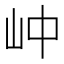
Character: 㞲